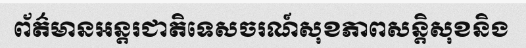
ព័ត៌មានអន្តរជាតិទេសចរណ៍សុខភាពសន្តិសុខនិង